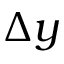
\Delta y